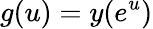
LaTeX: g(u)=y(e^{u})